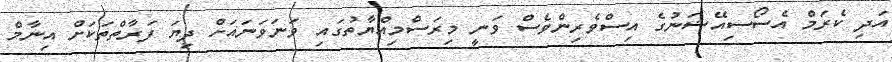
އަދި ކެރަމް އެސޯސިއޭޝަނުގެ އިސްވެރިންވެސް ވަނީ މިރަސްމިއްޔާތުގައި ވަނަވަނައަށް ދިޔަ ފަރާތްތަކަށް އިނާމް